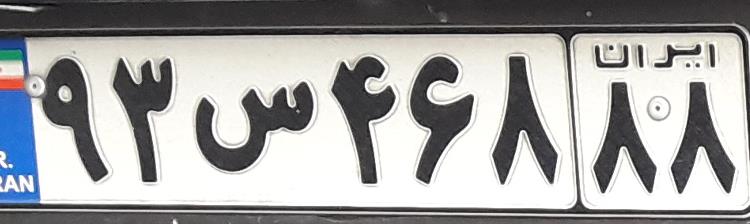
۹۳س۴۶۸۸۸